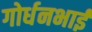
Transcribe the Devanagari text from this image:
गोर्धनभाई